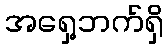
အရှေ့ဘက်ရှိ